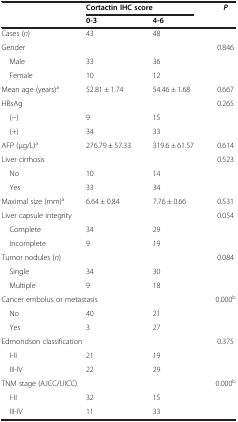
<table><thead><tr><td><b> </b></td><td colspan="2"><b>Cortactin IHC score</b></td><td><b><i>P</i></b></td></tr><tr><td><b> </b></td><td><b>0-3</b></td><td><b>4-6</b></td><td><b> </b></td></tr></thead><tbody><tr><td>Cases (<i>n</i>)</td><td>43</td><td>48</td><td> </td></tr><tr><td colspan="3">Gender</td><td>0.846</td></tr><tr><td> Male</td><td>33</td><td>36</td><td> </td></tr><tr><td> Female</td><td>10</td><td>12</td><td> </td></tr><tr><td>Mean age (years)<sup>a</sup></td><td>52.81 ± 1.74</td><td>54.46 ± 1.68</td><td>0.667</td></tr><tr><td colspan="3">HBsAg</td><td>0.265</td></tr><tr><td> (−)</td><td>9</td><td>15</td><td> </td></tr><tr><td> (+)</td><td>34</td><td>33</td><td> </td></tr><tr><td>AFP (μg/L)<sup>a</sup></td><td>276.79 ± 57.33</td><td>319.6 ± 61.57</td><td>0.614</td></tr><tr><td colspan="3">Liver cirrhosis</td><td>0.523</td></tr><tr><td> No</td><td>10</td><td>14</td><td> </td></tr><tr><td> Yes</td><td>33</td><td>34</td><td> </td></tr><tr><td>Maximal size (mm)<sup>a</sup></td><td>6.64 ± 0.84</td><td>7.76 ± 0.66</td><td>0.531</td></tr><tr><td colspan="3">Liver capsule integrity</td><td>0.054</td></tr><tr><td> Complete</td><td>34</td><td>29</td><td> </td></tr><tr><td> Incomplete</td><td>9</td><td>19</td><td> </td></tr><tr><td colspan="3">Tumor nodules (<i>n</i>)</td><td>0.084</td></tr><tr><td> Single</td><td>34</td><td>30</td><td> </td></tr><tr><td> Multiple</td><td>9</td><td>18</td><td> </td></tr><tr><td colspan="3">Cancer embolus or metastasis</td><td>0.000<sup>b</sup></td></tr><tr><td> No</td><td>40</td><td>21</td><td> </td></tr><tr><td> Yes</td><td>3</td><td>27</td><td> </td></tr><tr><td colspan="3">Edmondson classification</td><td>0.375</td></tr><tr><td> I-II</td><td>21</td><td>19</td><td> </td></tr><tr><td> III-IV</td><td>22</td><td>29</td><td> </td></tr><tr><td colspan="3">TNM stage (AJCC/UICC)</td><td>0.000<sup>b</sup></td></tr><tr><td> I-II</td><td>32</td><td>15</td><td> </td></tr><tr><td> III-IV</td><td>11</td><td>33</td><td> </td></tr></tbody></table>